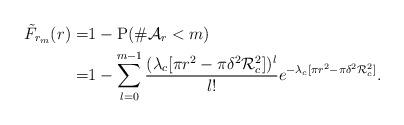
LaTeX: \begin{align*} \tilde{F}_{r_m}(r) =& 1 - \mathrm{P}(\# \mathcal{A}_r<m)\\ =&1 - \sum^{m-1}_{l=0}\frac{(\lambda_c[\pi r^2 - \pi\delta^2 \mathcal{R}_c^2])^l}{l!}e^{-\lambda_c[\pi r^2 - \pi\delta^2 \mathcal{R}_c^2]}. \end{align*}